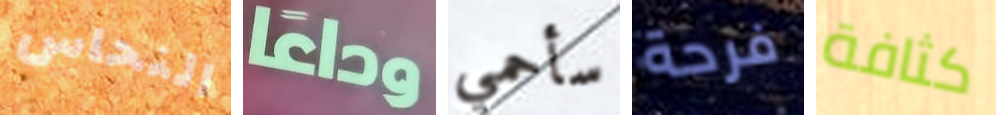
النحاس وداعا سأحمي فرحة كثافة